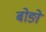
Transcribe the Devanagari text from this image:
बोङो